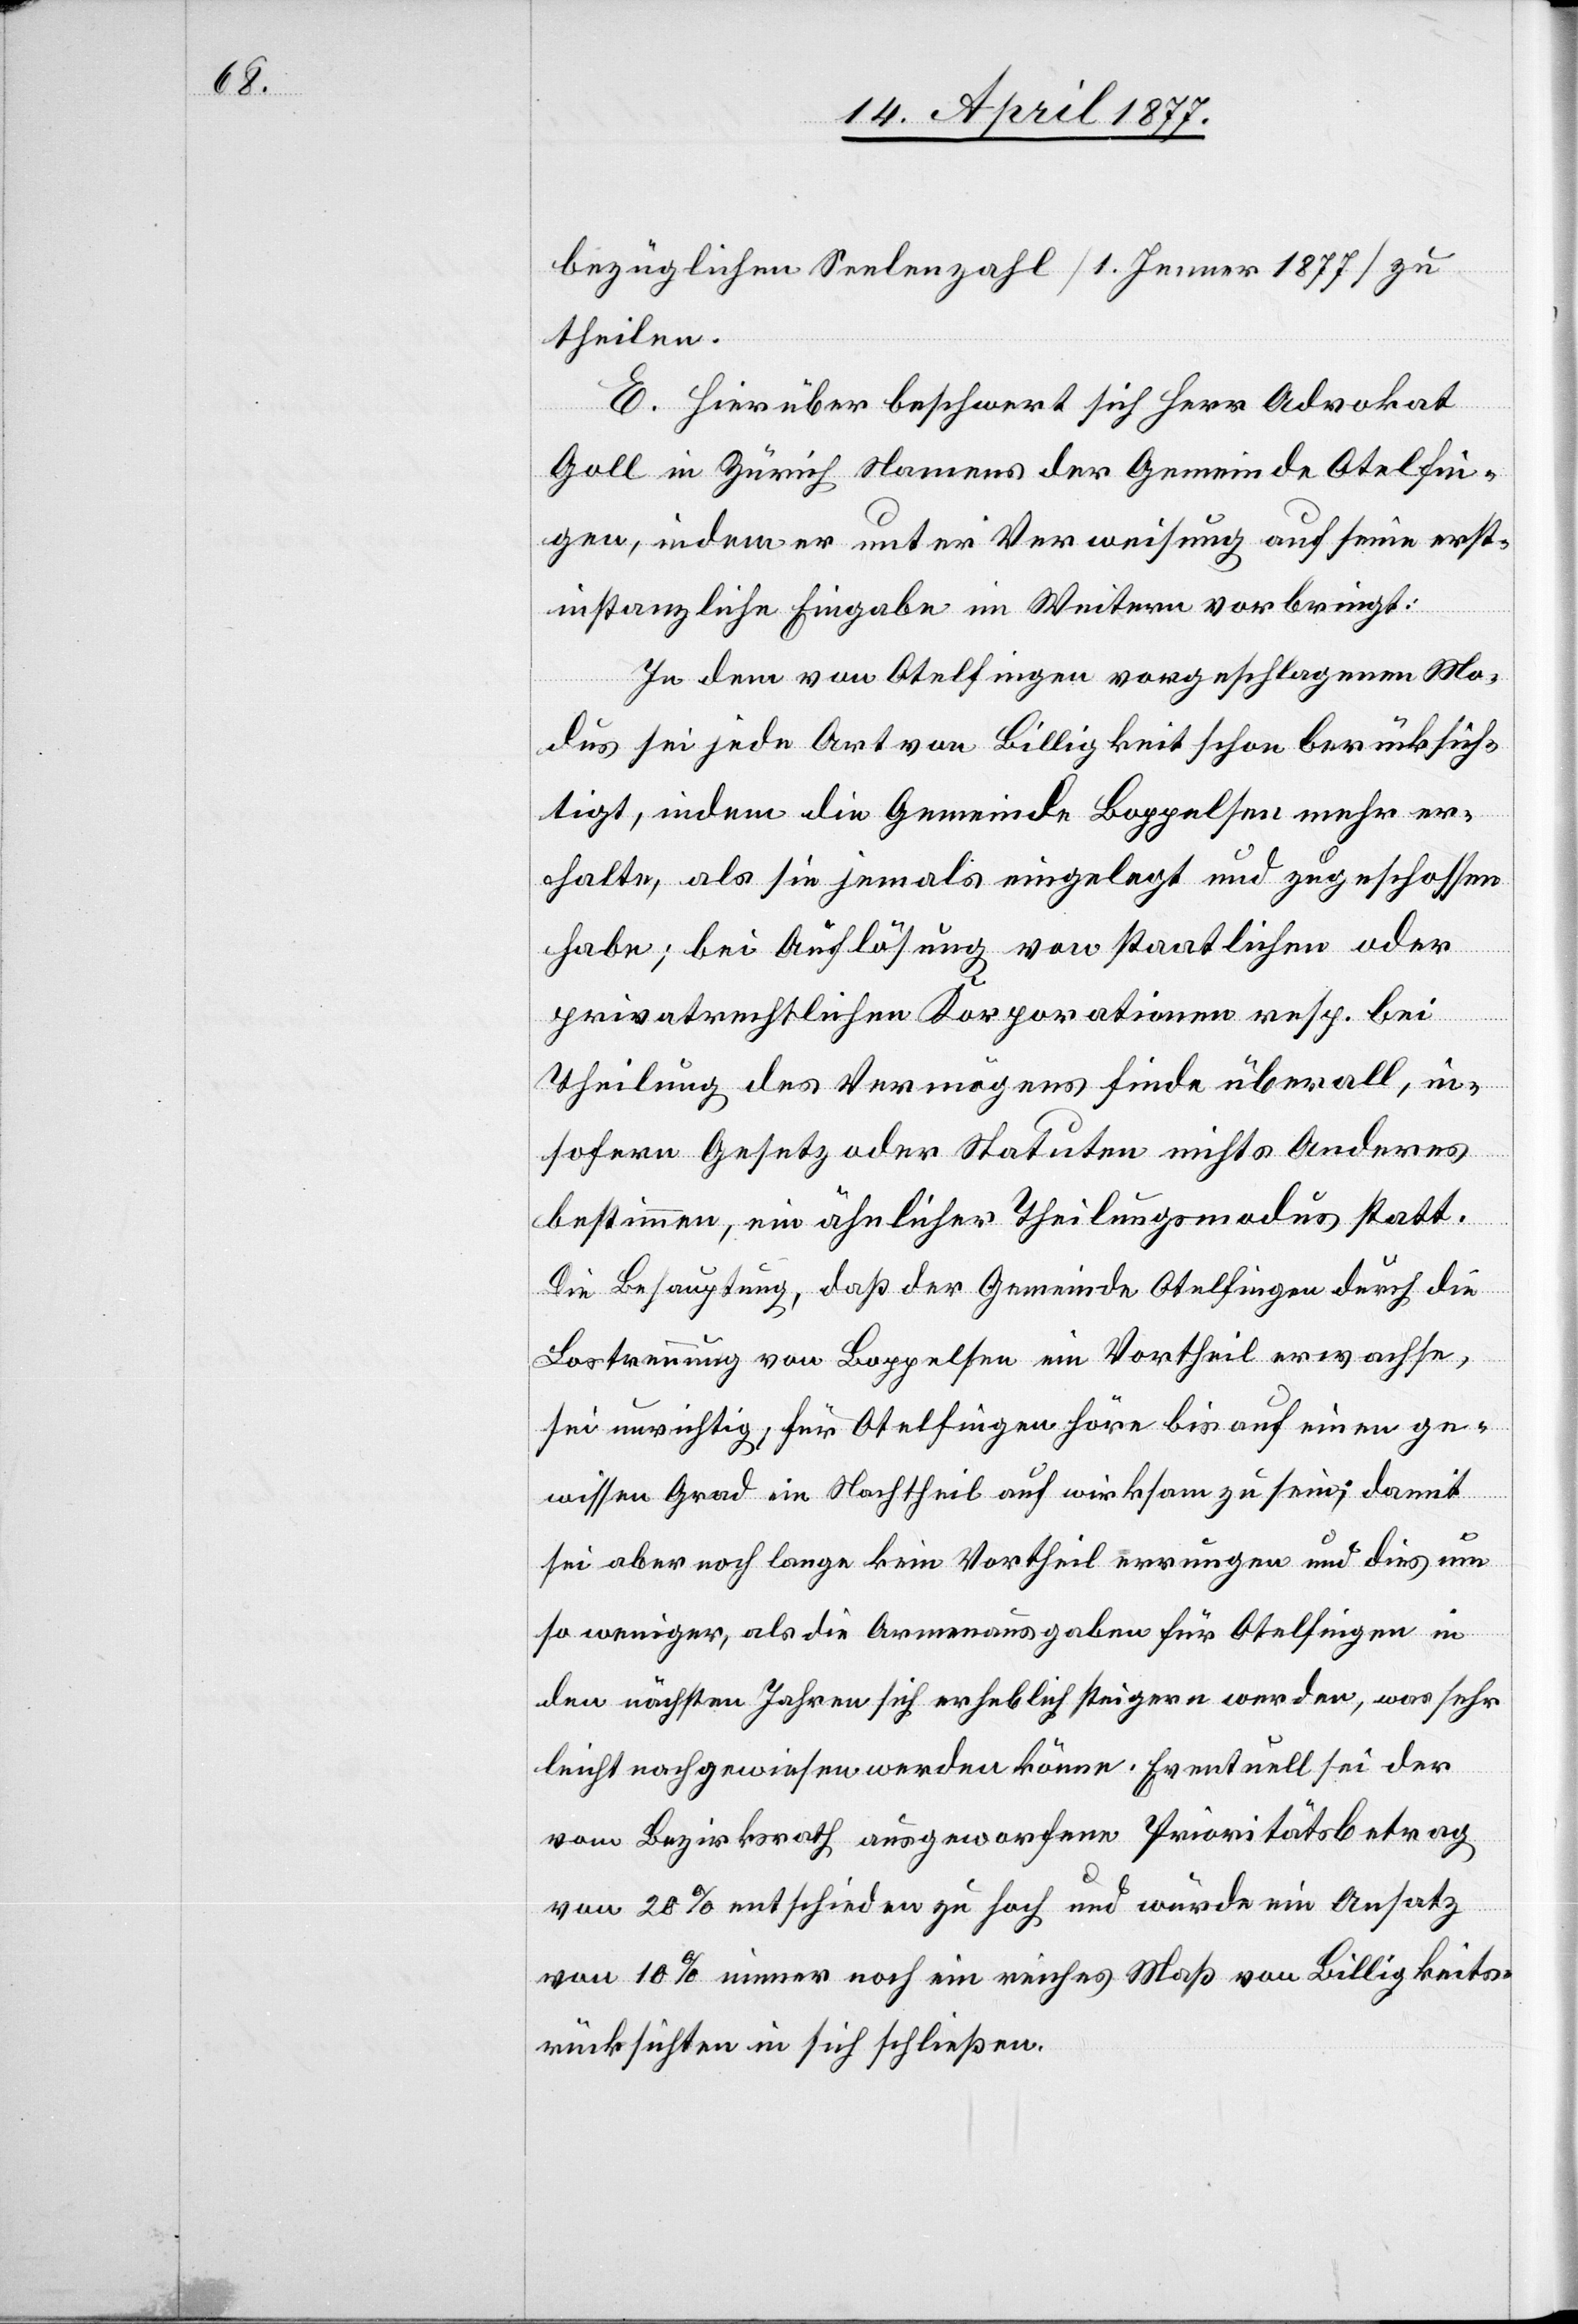
bezüglichen Seelenzahl [1. Jenner 1877] zu
theilen.
E. Hierüber beschwert sich Herr Advokat
Goll in Zürich Namens der Gemeinde Otelfin¬
gen, indem er unter Verweisung auf seine erst¬
instanzliche Eingabe im Weitern vorbringt:
In dem von Otelfingen vorgeschlagenen Mo¬
dus sei jede Art von Billigkeit schon berücksich¬
tigt, indem die Gemeinde Boppelsen mehr er¬
halte, als sie jemals eingelegt und zugeschossen
habe; bei Auflösung von staatlichen oder
privatrechtlichen Korporationen resp. bei
Theilung des Vermögens finde überall, in¬
sofern Gesetz oder Statuten nichts Anderes
bestimmen, ein ähnlicher Theilungsmodus statt.
Die Behauptung, daß der Gemeinde Otelfingen durch die
Lostrennung von Boppelsen ein Vortheil erwachse,
sei unrichtig, für Otelfingen höre bis auf einen ge¬
wissen Grad ein Nachtheil auf wirksam zu sein; damit
sei aber noch lange kein Vortheil errungen und dies um
so weniger, als die Armenausgaben für Otelfingen in
den nächsten Jahren sich erheblich steigern werden, was sehr
leicht nachgewiesen werden könne. Eventuell sei der
vom Bezirksrath ausgeworfene Prioritätsbetrag
von 20% entschieden zu hoch und würde ein Ansatz
von 10% immer noch ein reiches Maß von Billigkeits¬
rücksichten in sich schließen.